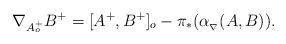
\begin{align*}\nabla_{A^{+}_{o}}B^{+}=[A^{+},B^{+}]_{o}-\pi_{*}(\alpha_{_\nabla}(A,B)).\end{align*}